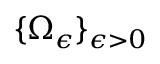
\{ \Omega _ { \epsilon } \} _ { \epsilon > 0 }